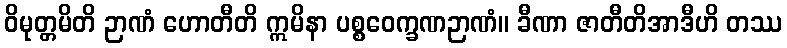
ဝိမုတ္တမိတိ ဉာဏံ ဟောတီတိ ဣမိနာ ပစ္စဝေက္ခဏဉာဏံ။ ခီဏာ ဇာတီတိအာဒီဟိ တဿ